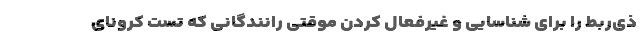
ذی‌ربط را برای شناسایی و غیرفعال کردن موقتی رانندگانی که تست کرونای